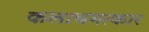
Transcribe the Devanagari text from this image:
कलाचमत्कार